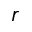
r